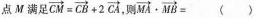
点M满足$$\overrightarrow{CM}=\overrightarrow{CB}+2 \overline{C}$$，则$$\overrightarrow{MA}+\overrightarrow{MB}=$$ ()